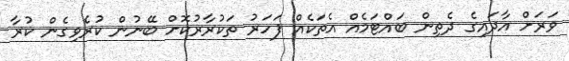
ވަރަށް އާދައިގެ ދެތިން ބައްޓަމެއް އެތަކެއް ފަހަރު ތަކުރާރުކޮށް ބޭނުން ކުރެވިގެން ކުރާ